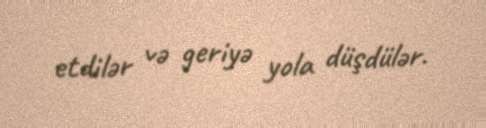
etdilər və geriyə yola düşdülər.